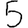
Digit: 5